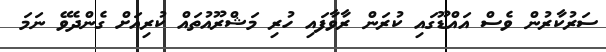
ސަރުކާރުން ވެސް އައްޑޫގައި ކުރަން ރާވާފައި ހުރި މަޝްރޫއުތައް ކުރިއަށް ގެންދެވޭ ނަމަ